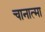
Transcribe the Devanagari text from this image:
चानात्मा